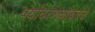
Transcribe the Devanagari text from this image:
पर्यावरणबाबतचे